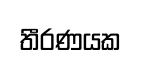
තීරණයක